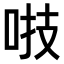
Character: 𠴜